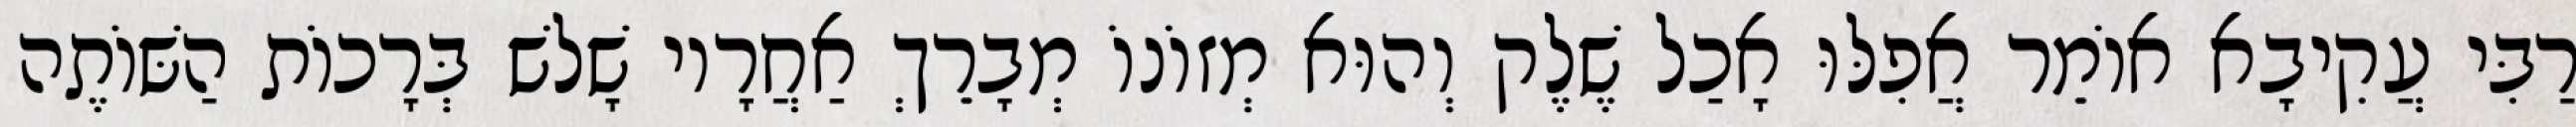
רַבִּי עֲקִיבָא אוֹמֵר אֲפִלּוּ אָכַל שֶׁלֶק וְהוּא מְזוֹנוֹ מְבָרֵךְ אַחֲרָיו שָׁלשׁ בְּרָכוֹת הַשּׁוֹתֶה